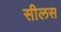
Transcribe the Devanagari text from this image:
सीलस